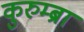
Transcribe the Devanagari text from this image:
कुरुम्ब्रा